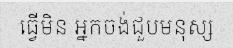
ធ្វើមិន អ្នកចង់ជួបមនុស្ស